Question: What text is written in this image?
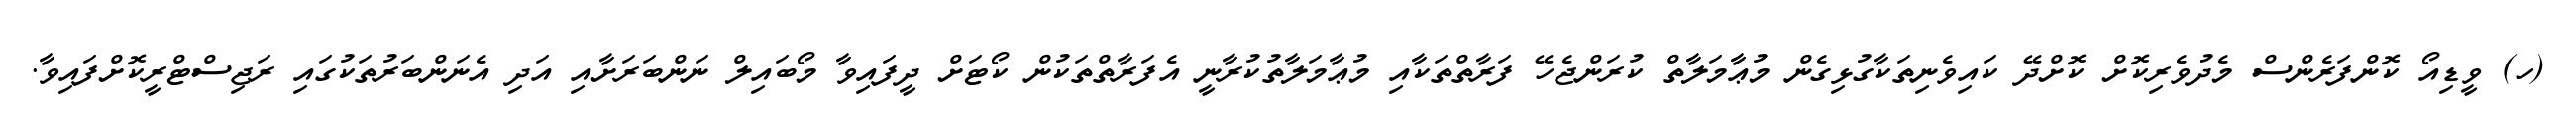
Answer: (ހ) ވީޑިއޯ ކޮންފަރެންސް މެދުވެރިކޮށް ކޮށްދޭ ކައިވެނިތަކާގުޅިގެން މުޢާމަލާތް ކުރަންޖެހޭ ފަރާތްތަކާއި މުޢާމަލާތުކުރާނީ އެފަރާތްތަކުން ކޯޓަށް ދީފައިވާ މޯބައިލް ނަންބަރަށާއި އަދި އެނަންބަރުތަކުގައި ރަޖިސްޓްރީކޮށްފައިވާ.